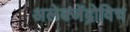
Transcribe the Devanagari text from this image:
अलेक्जेंद्रोविच